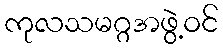
ကုလသမဂ္ဂအဖွဲ့ဝင်